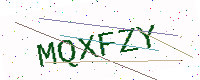
Text: MQXFZY